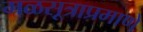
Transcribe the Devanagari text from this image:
मळसूत्राप्रमाणे